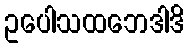
ဥပေါသထဘေဒါဒိ